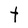
Character: t